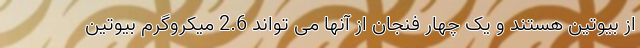
از بیوتین هستند و یک چهار فنجان از آنها می تواند 2.6 میکروگرم بیوتین